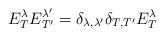
LaTeX: \begin{align*}E_T^{\lambda}E_{T'}^{\lambda'}=\delta_{\lambda,\lambda'}\delta_{T,T'}E_T^{\lambda}\end{align*}